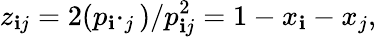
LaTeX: z_{\mathbf{i}j}=2(p_{\mathbf{i}}\cdotp_{j})/p_{\mathbf{i}j}^{2}=1-x_{\mathbf{i}}-x_{j},